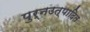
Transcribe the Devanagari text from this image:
पुर्नउत्पादित